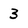
Character: 3